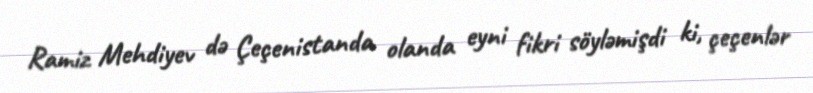
Ramiz Mehdiyev də Çeçenistanda olanda eyni fikri söyləmişdi ki, çeçenlər